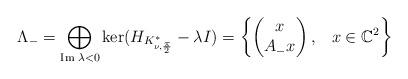
LaTeX: \begin{align*}\Lambda_{-}=\underset{\textrm{Im}\;\lambda<0}\bigoplus \ker(H_{K^*_{\nu,\frac{\pi}{2}}}-\lambda I)=\left\{\begin{pmatrix}x\\A_{-}x\end{pmatrix},\;\;\;x\in\mathbb{C}^2\right\}\end{align*}